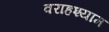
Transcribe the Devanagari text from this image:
वराहश्याम